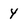
Character: y